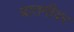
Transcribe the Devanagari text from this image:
बातमीवर